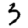
Digit: 3